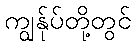
ကျွန်ုပ်တို့တွင်